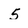
Character: 5